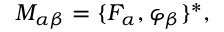
M _ { \alpha \beta } = \{ F _ { \alpha } , \varphi _ { \beta } \} ^ { * } ,